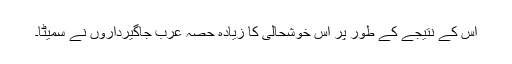
اس کے نتیجے کے طور پر اس خوشحالی کا زیادہ حصہ عرب جاگیرداروں نے سمیٹا۔